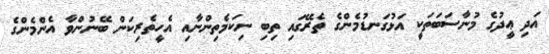
އަދި ޢީދުގެ މުނާސަބަތަކީ އަޅުގަނޑުމެންގެ ތެރޭގައި ތިބި ނިކަމެތިންނާއި އެހީތެރިކަން ބޭނުންވާ އެންމެންގެ